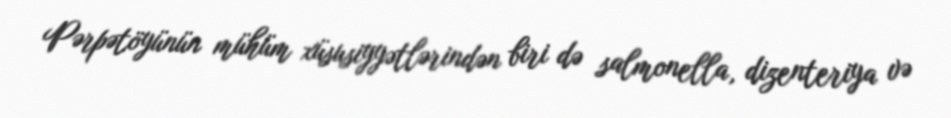
Pərpətöyünün mühüm xüsusiyyətlərindən biri də salmonella, dizenteriya və